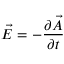
\vec { E } = - \frac { \partial \vec { A } } { \partial t }